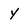
Character: y